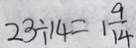
2 3 \div 1 4 = 1 \frac { 9 } { 1 4 }